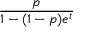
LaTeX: \frac { p } { 1 - ( 1 - p ) e ^ { t } }